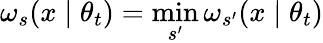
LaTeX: \omega_{s}(x\mid\theta_{t})=\operatorname*{min}_{s^{\prime}}\omega_{s^{\prime}}(x\mid\theta_{t})